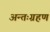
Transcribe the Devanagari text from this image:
अन्तःग्रहण